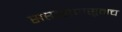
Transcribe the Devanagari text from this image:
सप्ताहापासूनच